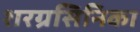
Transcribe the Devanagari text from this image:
शरग्रसिनिका